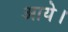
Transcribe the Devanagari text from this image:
आयेे।